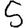
Digit: 5